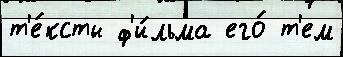
т'е́ксты ф'и́льма его́ т'ем